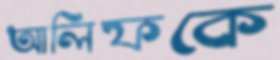
আলিফকে